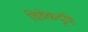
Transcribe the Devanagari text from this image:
विवेकदृष्टि